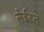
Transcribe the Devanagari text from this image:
सेईटन